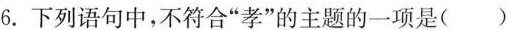
6.下列语句中，不符合”孝”的主题的一项是()